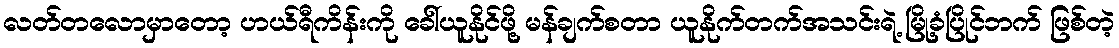
လတ်တလောမှာတော့ ဟယ်ရီကိန်းကို ခေါ်ယူနိုင်ဖို့ မန်ချက်စတာ ယူနိုက်တက်အသင်းရဲ့ မြို့ခံပြိုင်ဘက် ဖြစ်တဲ့